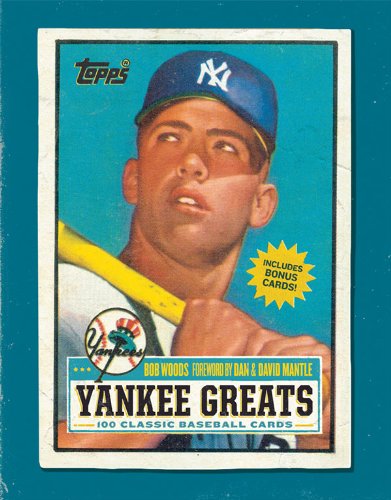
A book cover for Yankee Greats: 100 Classic Baseball Cards; Bob Woods; Crafts, Hobbies & Home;